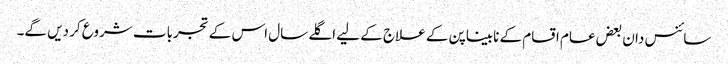
سائنس دان بعض عام اقسام کے نابیناپن کے علاج کے لیے اگلے سال اس کے تجربات شروع کر دیں گے۔